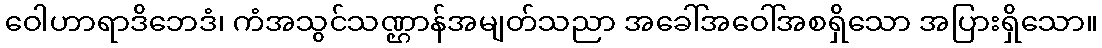
ဝေါဟာရာဒိဘေဒံ၊ ကံအသွင်သဏ္ဌာန်အမျတ်သညာ အခေါ်အဝေါ်အစရှိသော အပြားရှိသော။